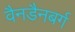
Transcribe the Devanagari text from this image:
वैनडैनबर्ग